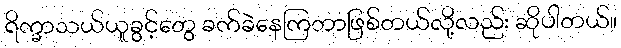
ရိက္ခာသယ်ယူခွင့်တွေ ခက်ခဲနေကြတာဖြစ်တယ်လို့လည်း ဆိုပါတယ်။